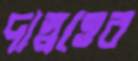
দাস্বত্তের